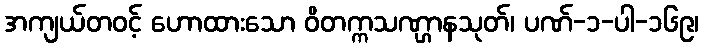
အကျယ်တဝင့် ဟောထားသော ဝိတက္ကသဏ္ဌာနသုတ်၊ ပဏ်-၁-ပါ-၁၆၉၊